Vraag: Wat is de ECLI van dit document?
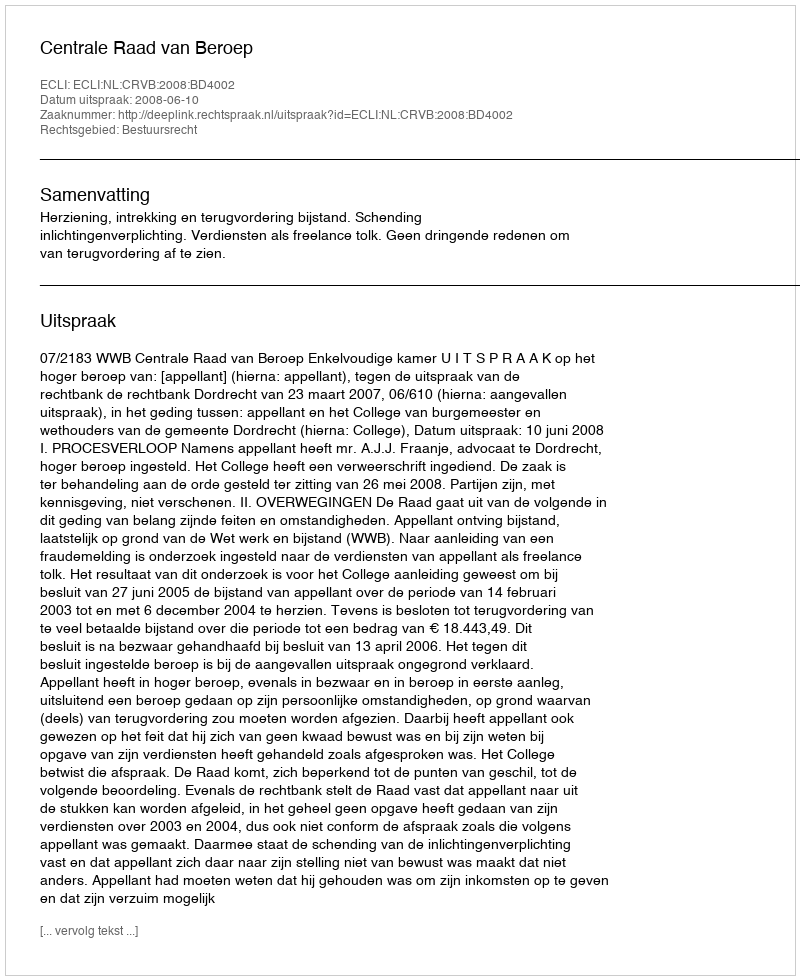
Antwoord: ECLI:NL:CRVB:2008:BD4002